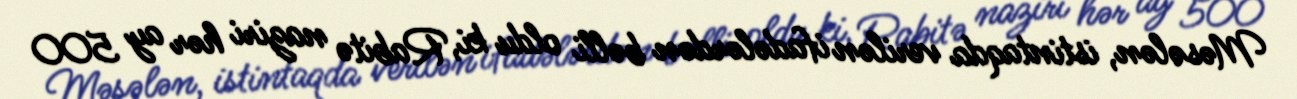
Məsələn, istintaqda verilən ifadələrdən bəlli oldu ki, Rabitə naziri hər ay 500